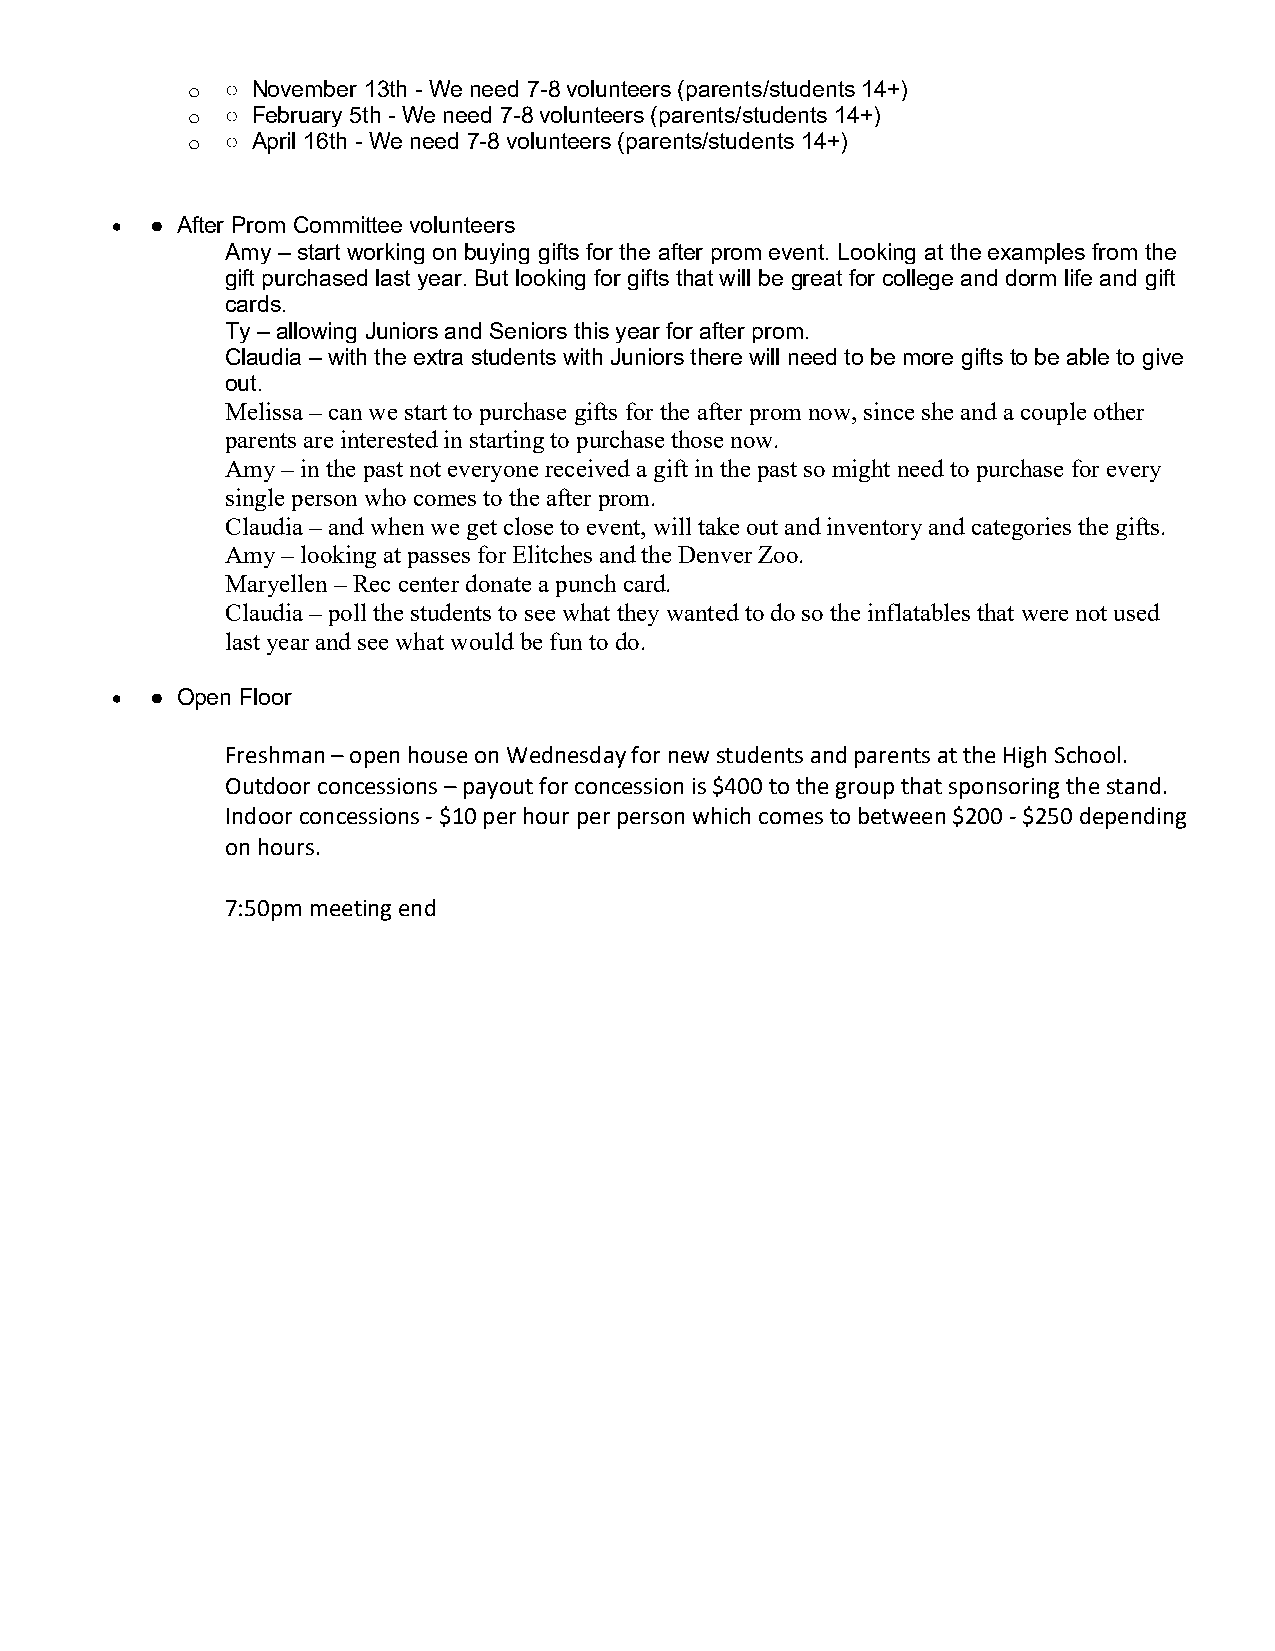
○ November 13th - We need 7-8 volunteers (parents/students 14+)
 o
 ○ February 5th - We need 7-8 volunteers (parents/students 14+)
 o
 ○ April 16th - We need 7-8 volunteers (parents/students 14+)
 o
 •  ● After Prom Committee volunteers
 Amy – start working on buying gifts for the after prom event. Looking at the examples from the
 gift purchased last year. But looking for gifts that will be great for college and dorm life and gift
 cards.
 Ty – allowing Juniors and Seniors this year for after prom.
 Claudia – with the extra students with Juniors there will need to be more gifts to be able to give
 out.
 Melissa – can we start to purchase gifts for the after prom now, since she and a couple other
 parents are interested in starting to purchase those now.
 Amy – in the past not everyone received a gift in the past so might need to purchase for every
 single person who comes to the after prom.
 Claudia – and when we get close to event, will take out and inventory and categories the gifts.
 Amy – looking at passes for Elitches and the Denver Zoo.
 Maryellen – Rec center donate a punch card.
 Claudia – poll the students to see what they wanted to do so the inflatables that were not used
 last year and see what would be fun to do.
 •  ● Open Floor
 Freshman – open house on Wednesday for new students and parents at the High School.
 Outdoor concessions – payout for concession is $400 to the group that sponsoring the stand.
 Indoor concessions - $10 per hour per person which comes to between $200 - $250 depending
 on hours.
 7:50pm meeting end